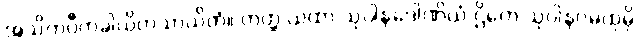
အသိတပီတခါယိတသာယိတံ။ တတ္ထ ယထာ သုဝါနဒေါဏိယံ ဌိတေ သုဝါနဝမထုမှိ